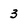
Character: 3